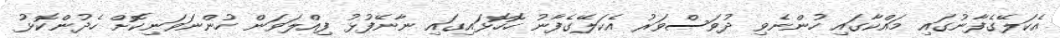
އެކަލޭގެފާނުގައި މައްކާގައި ހުންނެވި ދުވަސްވަރު އެކަލޭގެފާނު ހޮހޮޅައިގައި ނާނޭފުޅު ފިއްލަވަން ހުންނަވަނިކޮށް ހެދުންކޮޅު